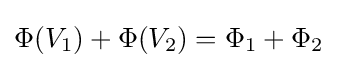
\Phi (V_{\text{1}})+\Phi (V_{\text{2}})=\Phi _{\text{1}}+\Phi _{\text{2}}